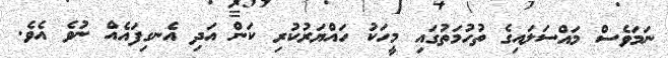
ނަމަވެސް މައްސަލައިގެ ތުހުމަތުގައި މީހަކު ހައްޔަރުކުރި ކަން އަދި އެނގިފައެއް ނުވެ އެވެ.